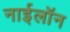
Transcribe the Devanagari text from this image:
नाईलॉन